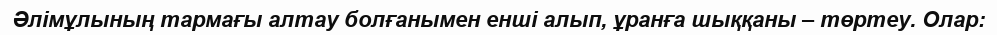
Әлімұлының тармағы алтау болғанымен енші алып, ұранға шыққаны – төртеу. Олар: